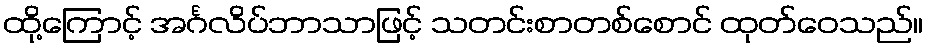
ထို့ကြောင့် အင်္ဂလိပ်ဘာသာဖြင့် သတင်းစာတစ်စောင် ထုတ်ဝေသည်။